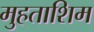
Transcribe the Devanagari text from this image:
मुहताशिम